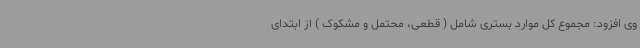
وی افزود: مجموع کل موارد بستری شامل ( قطعی، محتمل و مشکوک ) از ابتدای